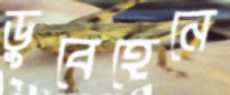
ডুবেহেনে